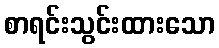
စာရင်းသွင်းထားသော